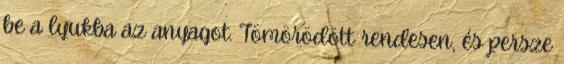
be a lyukba az anyagot. Tömörödött rendesen, és persze